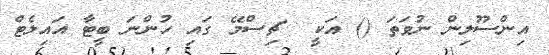
އިންސޫލިން ނުވަތަ () އަކީ  ޗިސްމޭ ގައި ހުންނަ ބީޓާ އައިލެޓް